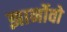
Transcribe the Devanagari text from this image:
झार्नोवो